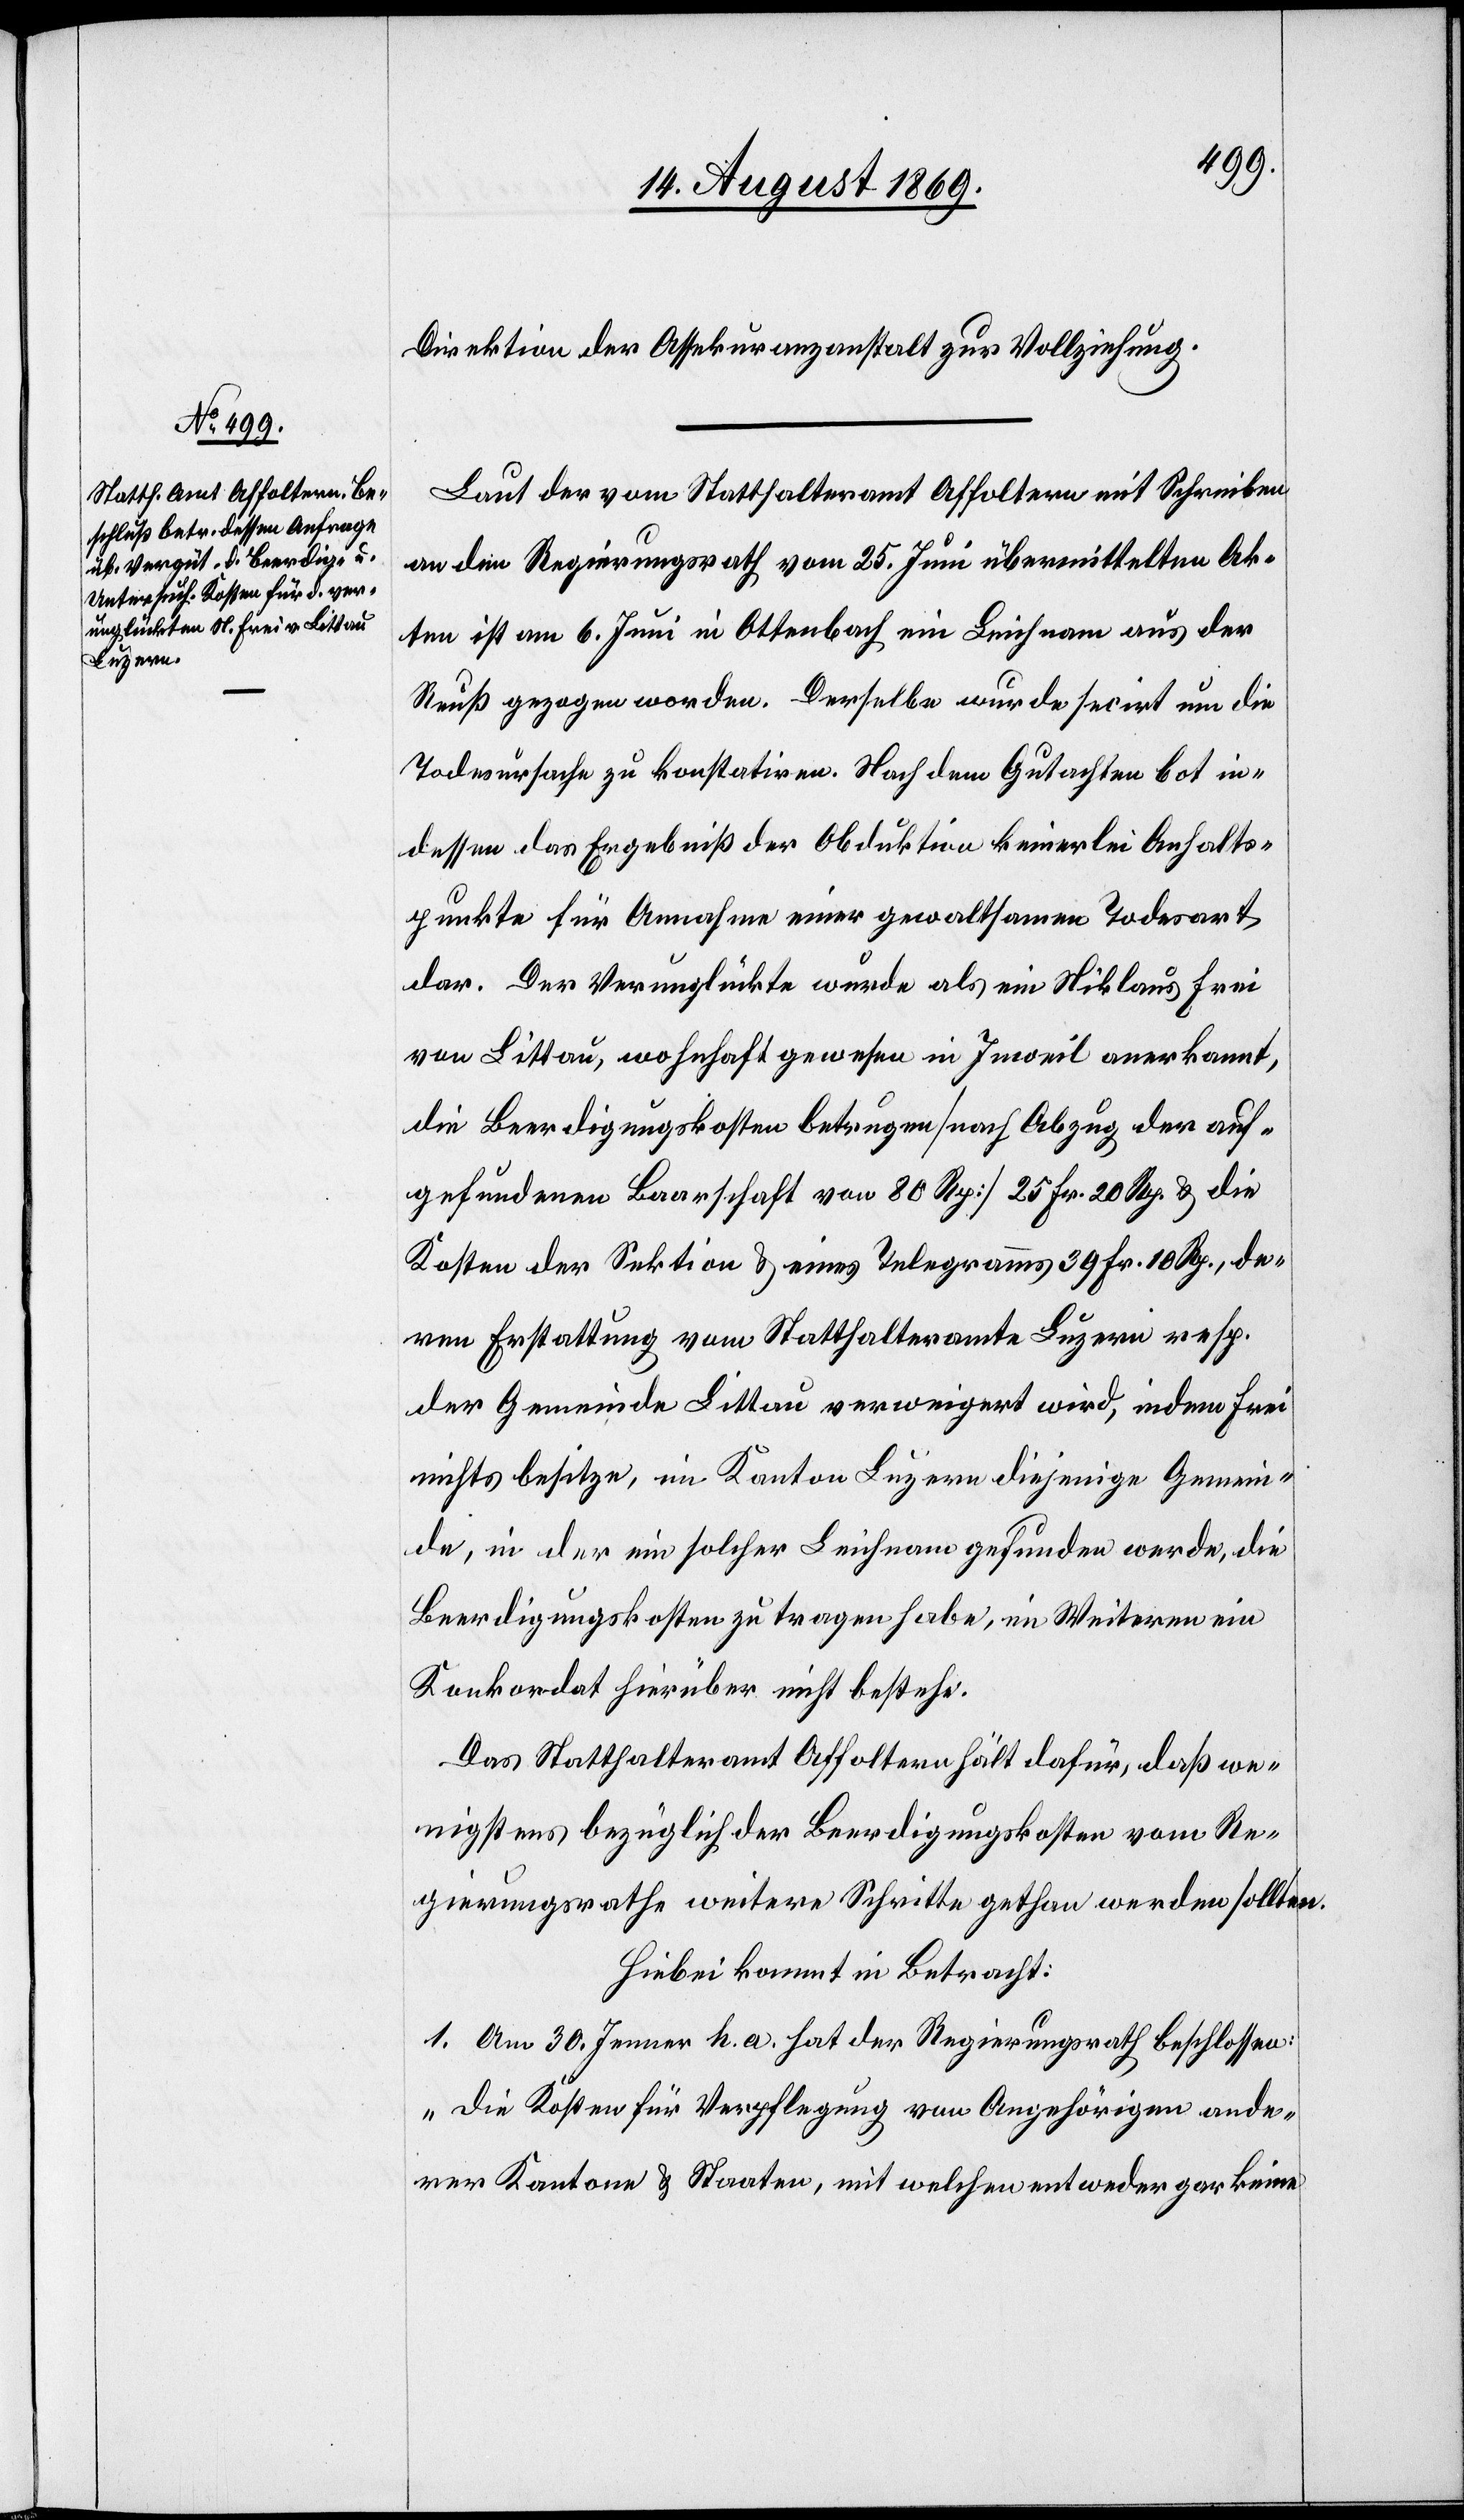
Direktion der Assekuranzanstalt zur Vollziehung.
Laut der vom Statthalteramt Affoltern mit Schreiben
an den Regierungsrath vom 25. Juni übermittelten Ak¬
ten ist am 6. Juni in Ottenbach ein Leichnam aus der
Reuß gezogen worden. Derselbe wurde secirt um die
Todesursache zu konstatiren. Nach dem Gutachten bot in¬
dessen das Ergebniß der Obduktion keinerlei Anhalts¬
punkte für Annahme einer gewaltsamen Todesart
dar. Der Verunglückte wurde als ein Niklaus Frei
von Littau, wohnhaft gewesen in Inweil anerkannt,
die Beerdigungskosten betrugen [nach Abzug der auf¬
gefundenen Baarschaft von 80 Rp.] 25 Fr. 20 Rp. & die
Kosten der Sektion & eines Telegramms 39 Fr. 10 Rp., de¬
ren Erstattung vom Statthalteramte Luzern resp.
der Gemeinde Littau verweigert wird, indem Frei
nichts besitze, im Kanton Luzern diejenige Gemein¬
de, in der ein solcher Leichnam gefunden werde, die
Beerdigungskosten zu tragen habe, im Weiteren ein
Konkordat hierüber nicht bestehe.
Das Statthalteramt Affoltern hält dafür, daß we¬
nigstens bezüglich der Beerdigungskosten vom Re¬
gierungsrathe weitere Schritte gethan werden sollten.
Hiebei kommt in Betracht:
1. Am 30. Jenner h. a. hat der Regierungsrath beschlossen:
„Die Kosten für Verpflegung von Angehörigen ande¬
rer Kantone & Staaten, mit welchen entweder gar keine